Plague in India, 1896, 1897 - Volume 2
Year: 1896
Disease focus: Plague
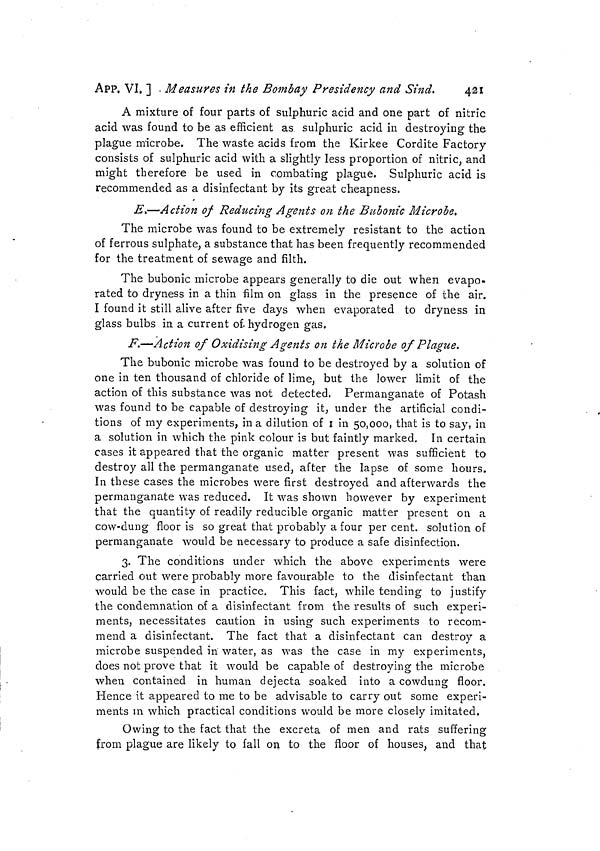
421
APP. VI, ] - Measures in the Bombay Presidency and Sind.
A mixture of four parts of sulphuric acid and one part of nitric
acid was found to be as efficient as sulphuric acid in destroying the
plague microbe. The waste acids from the Kirkee Cordite Factory
consists of sulphuric acid with a slightly less proportion of nitric, and
might therefore be used in combating plague, Sulphuric acid is
recommended as a disinfectant by its great cheapness.
E.—Action of Reducing Agents on the Bubonic Microbe,
The microbe was found to be extremely resistant to the action
of ferrous sulphate, a substance that has been frequently recommended
for the treatment of sewage and filth.
The bubonic microbe appears generally to die out when evapo-
rated to dryness in a thin film on glass in the presence of the air.
I found it still alive after five days when evaporated to dryness in
glass bulbs in a current of. hydrogen gas.
F.—Action of Oxidising Agents on the Microbe of Plague.
The bubonic microbe was found to be destroyed by a solution of
one in ten thousand of chloride of lime, but the lower limit of the
action of this substance was not detected. Permanganate of Potash
o
was found to be capable of destroying it, under the artificial condi-
tions of my experiments, in a dilution of I in 50,000, that is to say, in
a solution in which the pink colour is but faintly marked. In certain,
cases it appeared that the organic matter present was sufficient to
destroy all the permanganate used, after the lapse of some hours.
In these cases the microbes were first destroyed and afterwards the
permanganate was reduced. It was shown however by experiment
that the quantity of readily reducible organic matter present on a
cow-dung floor is so great that probably a four per cent, solution of
permanganate would be necessary to produce a safe disinfection.
3. The conditions under which the above experiments were
carried out were probably more favourable to the disinfectant than
would be the case in practice. This fact, while tending to justify
the condemnation of a disinfectant from the results of such experi-
ments, necessitates caution in using such experiments to recom-
mend a disinfectant. The fact that a disinfectant can destroy a
microbe suspended in water, as was the case in my experiments,
does not prove that it would be capable of destroying the microbe
when contained in human dejecta soaked into a cowdung floor.
Hence it appeared to me to be advisable to carry out some experi-
ments in which practical conditions would be more closely imitated.
Owing to the fact that the excreta of men and rats suffering
from plague are likely to fall on to the floor of houses, and that